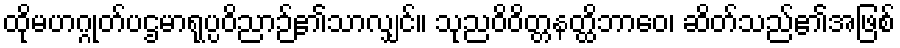
ထိုမဟဂ္ဂုတ်ပဌမာရုပ္ပဝိညာဉ်၏သာလျှင်။ သုညဝိဝိတ္တနတ္ထိဘာဝေ၊ ဆိတ်သည်၏အဖြစ်